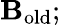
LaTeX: \mathbf{B}_{\mathrm{{old}}};